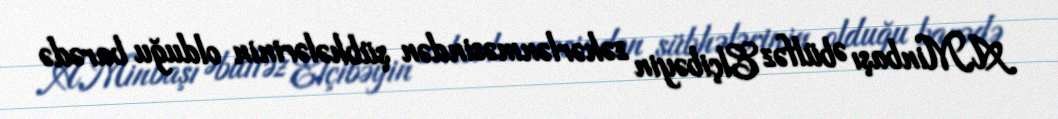
A.Minbaşı Əbülfəz Elçibəyin zəhərlənməsindən şübhələrinin olduğu barədə